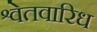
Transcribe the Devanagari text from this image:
श्वेतवारिध